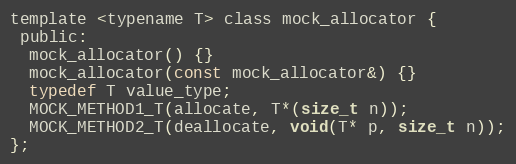
Language: C
template <typename T> class mock_allocator {
 public:
  mock_allocator() {}
  mock_allocator(const mock_allocator&) {}
  typedef T value_type;
  MOCK_METHOD1_T(allocate, T*(size_t n));
  MOCK_METHOD2_T(deallocate, void(T* p, size_t n));
};